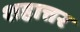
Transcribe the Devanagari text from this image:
शहात्तर